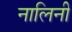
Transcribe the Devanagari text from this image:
नालिनी